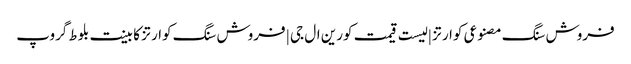
فروش سنگ مصنوعی کوارتز | لیست قیمت کورین ال جی | فروش سنگ کوارتز کابینت بلوط گروپ